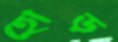
হোড়